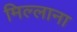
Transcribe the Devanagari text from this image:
मिल्लाना